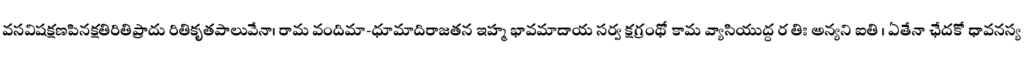
వసవిషక్షణపినక్షతిరితిప్రాదు రితికృతపాలువేనా। రామ వందిమా-ధూమాదిరాజతన ఇహ్మ భావమాదాయ సర్వ క్షగ్రంథో కామ వ్యాసియుద్ధ ర తిః అన్యని ఐతి । ఏతేనా ఛేదకో ధావనస్య